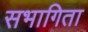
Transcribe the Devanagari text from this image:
सभागिता